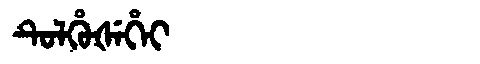
Manchu: ᡨᡠᠯᡥᡠᡧᡝᡥᡝᡳ
Romanization: TULHUŠEHEI